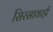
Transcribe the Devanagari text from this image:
सिरसावाड़ी